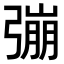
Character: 𢐒